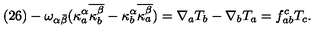
( 2 6 ) - \omega _ { \alpha \bar { \beta } } ( \kappa _ { a } ^ { \alpha } \overline { { \kappa _ { b } ^ { \beta } } } - \kappa _ { b } ^ { \alpha } \overline { { \kappa _ { a } ^ { \beta } } } ) = \nabla _ { a } T _ { b } - \nabla _ { b } T _ { a } = f _ { a b } ^ { c } T _ { c } .